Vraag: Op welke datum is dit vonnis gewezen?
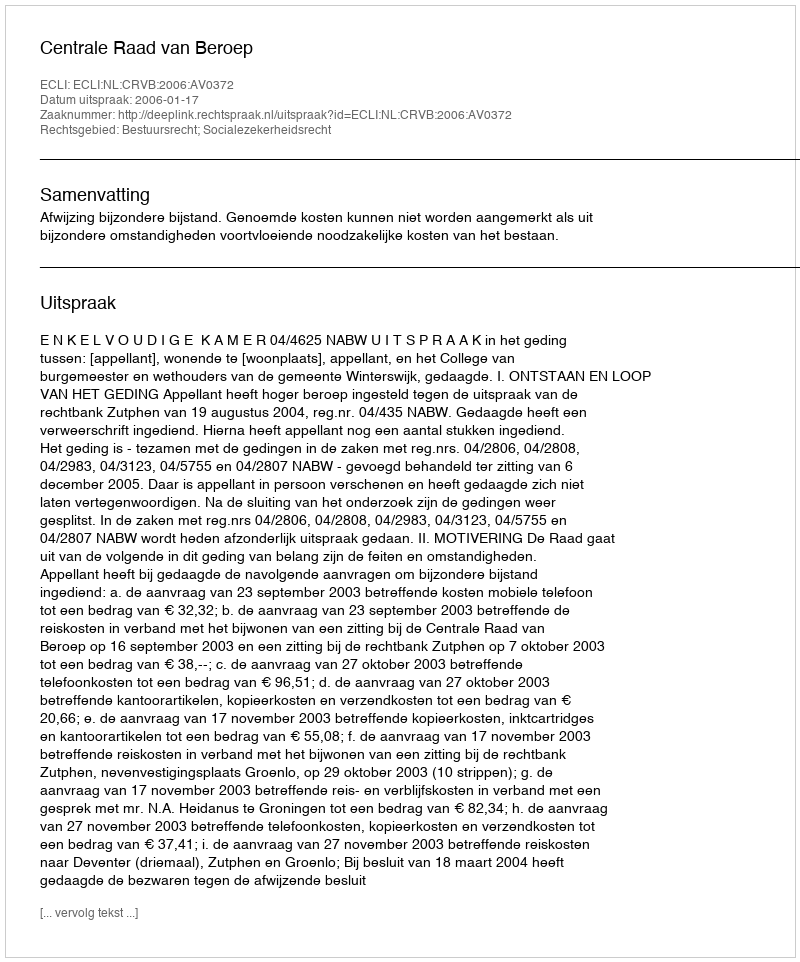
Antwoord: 2006-01-17